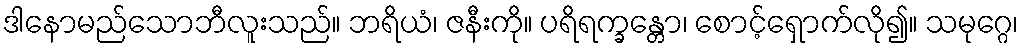
ဒါနောမည်သောဘီလူးသည်။ ဘရိယံ၊ ဇနီးကို။ ပရိရက္ခန္တော၊ စောင့်ရှောက်လို၍။ သမုဂ္ဂေ၊